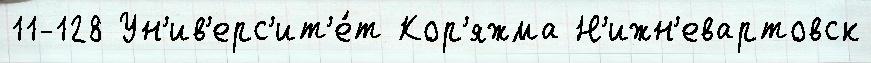
11-128 Ун'ив'ерс'ит'е́т Кор'яжма Н'ижн'евартовск